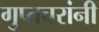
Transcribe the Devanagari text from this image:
गुप्तचरांनी